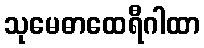
သုမေဓာထေရီဂါထာ